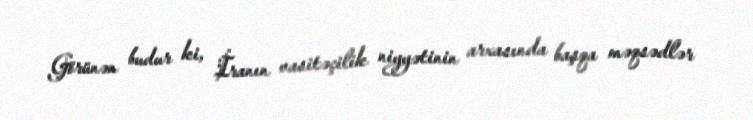
Görünən budur ki, İranın vasitəçilik niyyətinin arxasında başqa məqsədlər